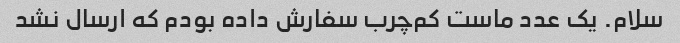
سلام. یک عدد ماست کم‌چرب سفارش داده بودم که ارسال نشد